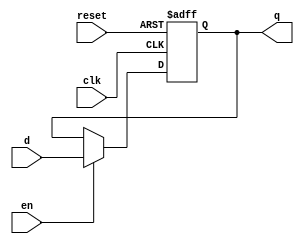
module dff_en_reset(
    input wire clk,en,reset,
    input wire d,
    output reg q
);
reg r_reg,r_next;

always @(posedge clk , posedge reset) begin
    if (reset)
        r_reg<= 1'b0;
    else r_reg<= r_next;
end

always @* begin
    if(en) r_next<= d;
    else r_next <= r_reg;
end

always @*
    q <= r_reg;
endmodule